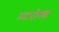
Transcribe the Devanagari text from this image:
स्पादीक्स्